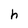
Character: h